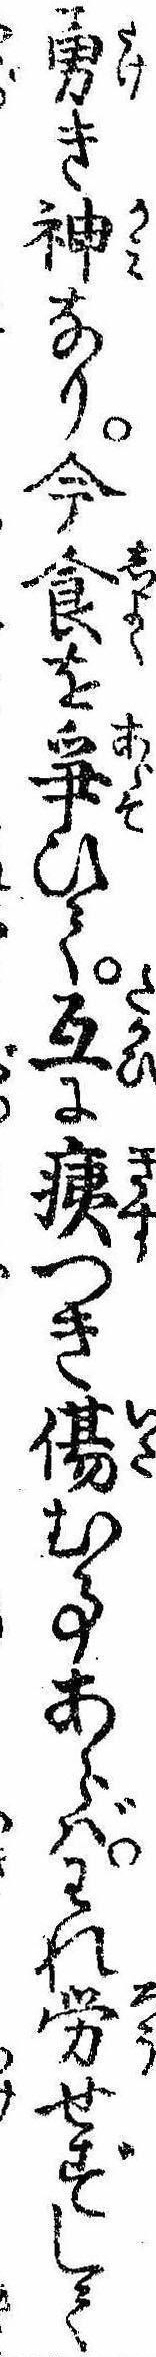
勇き神なり今食を争ひて互に痍つき傷む事あらばわれ労せずして